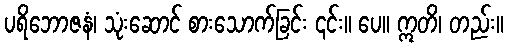
ပရိဘောဇနံ၊ သုံးဆောင် စားသောက်ခြင်း ၎င်း။ ပေ။ ဣတိ၊ တည်း။